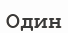
Один